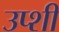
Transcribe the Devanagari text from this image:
उप्शी